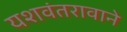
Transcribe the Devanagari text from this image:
यशवंतरावाने